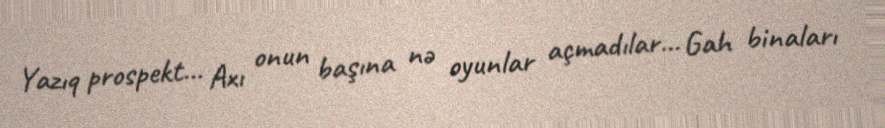
Yazıq prospekt... Axı onun başına nə oyunlar açmadılar... Gah binaları